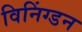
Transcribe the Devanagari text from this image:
विनिंग्डन